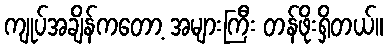
ကျုပ်အချိန်ကတော့ အများကြီး တန်ဖိုးရှိတယ်။